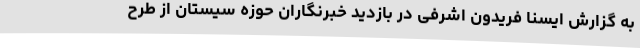
به گزارش ایسنا فریدون اشرفی در بازدید خبرنگاران حوزه سیستان از طرح